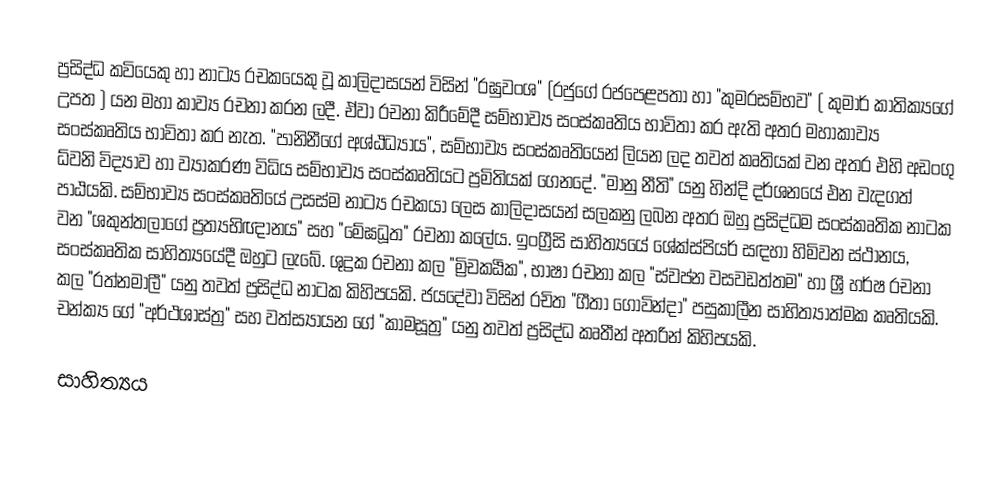
ප්‍රසිද්ධ කවියෙකු හා නාට්‍ය රචකයෙකු වූ කාලිදාසයන් විසින් "රඝුවංශ" (රජුගේ රජපෙළපතා හා "කුමරසම්භව" ( කුමාර් කාතික්‍යගේ උපත ) යන මහා කාව්‍ය රචනා කරන ලදී. ඒවා රචනා කිරීමේදී සම්භාව්‍ය සංස්කෘතිය භාවිතා කර ඇති අතර මහාකාව්‍ය සංස්කෘතිය භාවිතා කර නැත. "පානිනීගේ අශ්ඨධ්‍යාය", සම්භාව්‍ය සංස්කෘතියෙන් ලියන ලද තවත් කෘතියක් වන අතර එහි අඩංගු ධ්වනි විද්‍යාව හා ව්‍යාකරණ විධිය සම්භාව්‍ය සංස්කෘතියට ප්‍රමිතියක් ගෙනදේ. "මානු නීති" යනු හින්දි දර්ශනයේ එන වැදගත් පාඨයකි. සම්භාව්‍ය සංස්කෘතියේ උසස්ම නාට්‍ය රචකයා ලෙස කාලිදාසයන් සලකනු ලබන අතර ඔහු ප්‍රසිද්ධම සංස්කෘතික නාටක වන "ශකුන්තලාගේ ප්‍රත්‍යභිඥානය" සහ "මේඝධූත" රචනා කලේය. ඉංග්‍රීසි සාහිත්‍යයේ ශේක්ස්පියර් සඳහා හිමිවන ස්ථානය, සංස්කෘතික සාහිත්‍යයේදී ඔහුට ලැබේ. ශුද්‍රක රචනා කල "ම්‍රිචකඨික", භාෂා රචනා කල "ස්වප්න වසවඩත්තම" හා ශ්‍රී හර්ෂ රචනා කල "රත්නමාලී" යනු තවත් ප්‍රසිද්ධ නාටක කිහිපයකි. ජයදේවා විසින් රචිත "ගීතා ගෝවින්දා" පසුකාලීන සාහිත්‍යාත්මක කෘතියකි. චන්ක්‍ය ගේ "අර්ථශාස්ත්‍ර" සහ වත්ස්‍යායන ගේ "කාමසූත්‍ර" යනු තවත් ප්‍රසිද්ධ කෘතීන් අතරින් කිහිපයකි.

සාහිත්‍යය